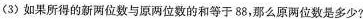
（3)如果所得的新两位数与原两位数的和等于88，那么原两位数是多少?